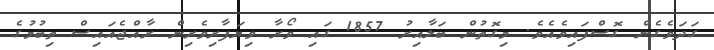
ގަދަވެގެން ގޮސްފައިވެއެވެ. މިގޮތުން ބަލާއިރު 1857 ގައި ވޯރާ ވިޔަފާރިވެރިން ރާއްޖެއައިސް ތިބުމުގެ